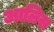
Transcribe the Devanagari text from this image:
आलिस